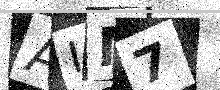
Text: AIM7